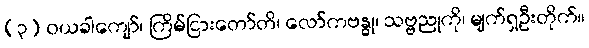
(၃) ဝယခါကျော်၊ ကြိမ်ငြားတော်တိ၊ လော်ကဗန္ဓု၊ သဗ္ဗညုကို၊ မျက်ရှဦးတိုက်။